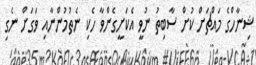
ޝިނާހްގެ މައްޗަށް ކުށް ސާބިތު ނުވީ އެކަށީގެންވާ ހެކި ނެތުމުންނާއި ވަގަށް ނެގި